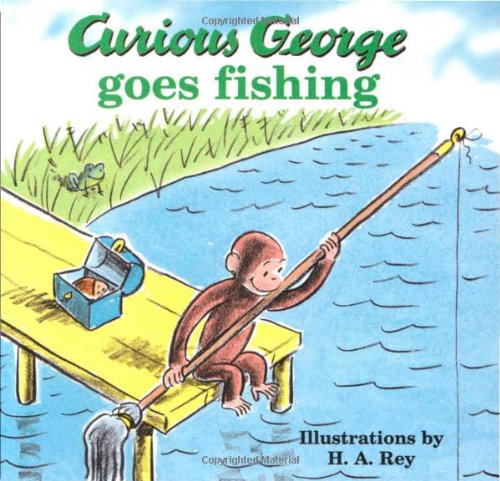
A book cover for Curious George Goes Fishing; Margret Rey; Children's Books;